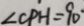
\angle C P H = 9 0 ^ { \circ }